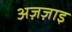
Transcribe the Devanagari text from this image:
अज़ज़ाइ